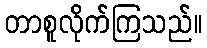
တာစူလိုက်ကြသည်။